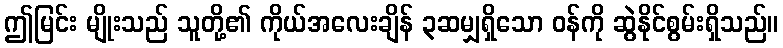
ဤမြင်း မျိုးသည် သူတို့၏ ကိုယ်အလေးချိန် ၃ဆမျှရှိသော ဝန်ကို ဆွဲနိုင်စွမ်းရှိသည်။